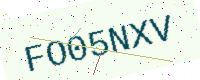
Text: FO05NXV